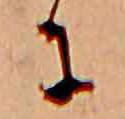
に